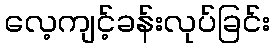
လေ့ကျင့်ခန်းလုပ်ခြင်း